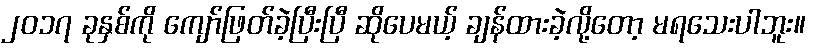
၂၀၁၇ ခုနှစ်ကို ကျော်ဖြတ်ခဲ့ပြီးပြီ ဆိုပေမယ့် ချန်ထားခဲ့လို့တော့ မရသေးပါဘူး။